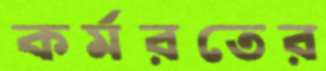
কর্মরতের